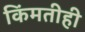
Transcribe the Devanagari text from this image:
किंमतीही